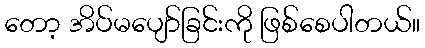
တော့ အိပ်မပျော်ခြင်းကို ဖြစ်စေပါတယ်။